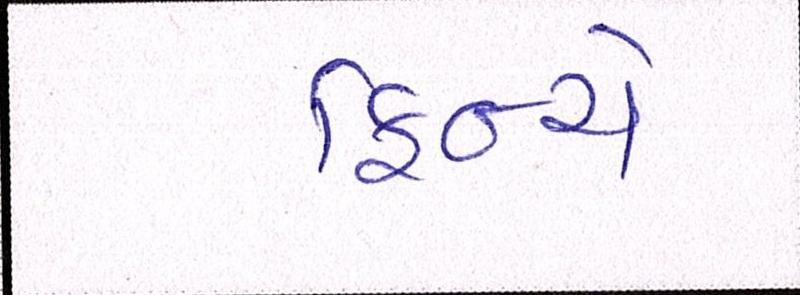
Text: ફિન્ચે